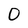
Character: 0